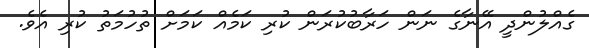
ގެއްލުންދީ އޭނާގެ ނަން ހަރާބުކުރަން ކުރި ކަމެއް ކަމަށް ތުހުމަތު ކުރި އެވެ.